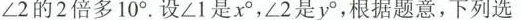
1.如图，射线OC的端点O在直线AB上，且∠2=∠3，∠1是∠2的2倍多10°。设∠1是x°，∠2是yo，根据题意，下列选